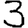
Digit: 3